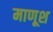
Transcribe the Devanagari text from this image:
माणूश